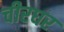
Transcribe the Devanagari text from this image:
चीरघर